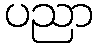
ပညာ